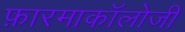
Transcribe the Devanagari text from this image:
फ़ारमाकॉलोजी